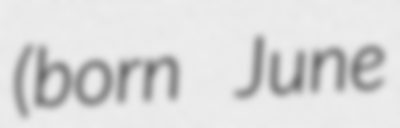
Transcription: (born June